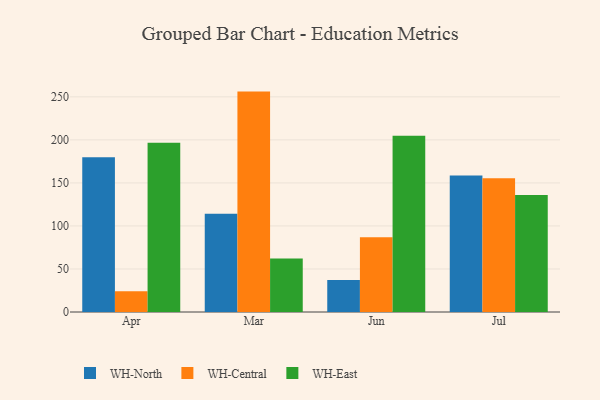
{"axis": {"x": "Month", "y": "Satisfaction Score"}, "legend": ["WH-Central", "WH-East", "WH-North"], "data": [{"x": "Apr", "y": 179.7, "type": "WH-North"}, {"x": "Apr", "y": 24.2, "type": "WH-Central"}, {"x": "Apr", "y": 196.7, "type": "WH-East"}, {"x": "Mar", "y": 114.1, "type": "WH-North"}, {"x": "Mar", "y": 256.1, "type": "WH-Central"}, {"x": "Mar", "y": 62.1, "type": "WH-East"}, {"x": "Jun", "y": 37.2, "type": "WH-North"}, {"x": "Jun", "y": 86.8, "type": "WH-Central"}, {"x": "Jun", "y": 204.8, "type": "WH-East"}, {"x": "Jul", "y": 158.7, "type": "WH-North"}, {"x": "Jul", "y": 155.5, "type": "WH-Central"}, {"x": "Jul", "y": 135.9, "type": "WH-East"}]}